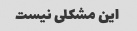
این مشکلی نیست